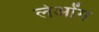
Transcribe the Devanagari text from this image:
लेओंग